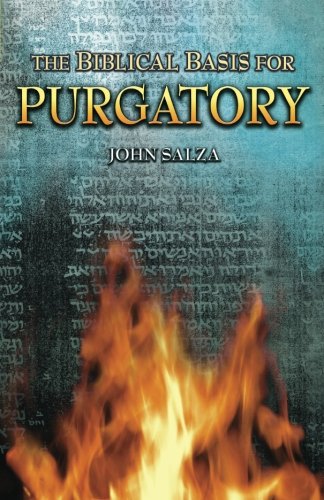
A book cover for The Biblical Basis For Purgatory; John Salza; Christian Books & Bibles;